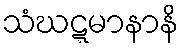
သံဃဋ္ဋမာနာနိ